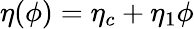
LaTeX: \eta({\phi})=\eta_{c}+\eta_{1}\phi